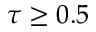
\tau \geq 0 . 5